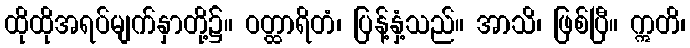
ထိုထိုအရပ်မျက်နှာတို့၌။ ဝတ္ထာရိတံ၊ ပြန့်နှံ့သည်။ အာသိ၊ ဖြစ်ပြီ။ ဣတိ၊